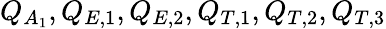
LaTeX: Q_{A_{1}},Q_{E,1},Q_{E,2},Q_{T,1},Q_{T,2},Q_{T,3}